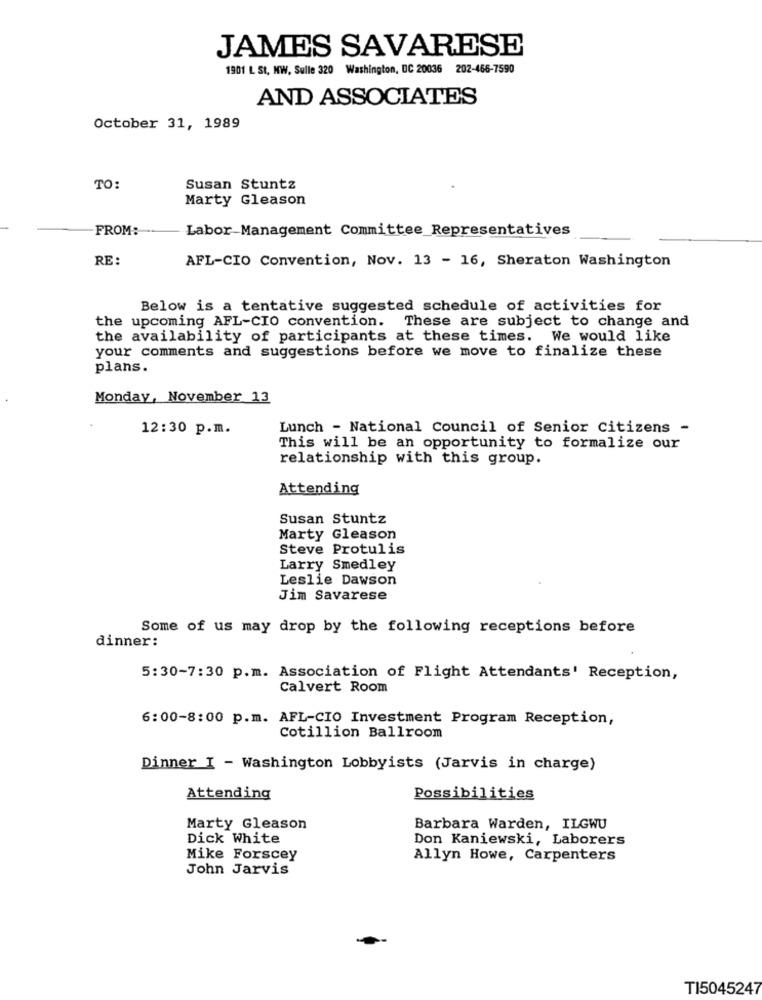
JAMES SAVARESE
1901 L St, NW, Sulle 320 Washington, DC 20036 202-466-7590
AND ASSOCIATES
October 31, 1989
TO:
Susan Stuntz
Marty Gleason
FROM:
Labor-Management Committee Representatives
RE:
AFL-CIO Convention, Nov. 13 - 16, Sheraton Washington
Below is a tentative suggested schedule of activities for
the upcoming AFL-CIO convention. These are subject to change and
the availability of participants at these times. We would like
your comments and suggestions before we move to finalize these
plans.
Monday, November 13
12:30 p.m.
Lunch - National Council of Senior Citizens -
This will be an opportunity to formalize our
relationship with this group.
Attending
Susan Stuntz
Marty Gleason
Steve Protulis
Larry Smedley
Leslie Dawson
Jim Savarese
Some of us may drop by the following receptions before
dinner:
5:30-7:30 p.m. Association of Flight Attendants' Reception,
Calvert Room
6:00-8:00 p.m. AFL-CIO Investment Program Reception,
Cotillion Ballroom
Dinner I - Washington Lobbyists (Jarvis in charge)
Attending
Possibilities
Marty Gleason
Barbara Warden, ILGWU
Dick White
Don Kaniewski, Laborers
Mike Forscey
Allyn Howe, Carpenters
John Jarvis
TI5045247